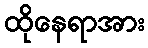
ထိုနေရာအား